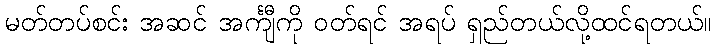
မတ်တပ်စင်း အဆင် အင်္ကျီကို ဝတ်ရင် အရပ် ရှည်တယ်လို့ထင်ရတယ်။